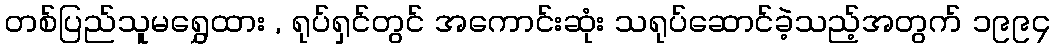
တစ်ပြည်သူမရွှေထား , ရုပ်ရှင်တွင် အကောင်းဆုံး သရုပ်ဆောင်ခဲ့သည့်အတွက် ၁၉၉၄